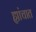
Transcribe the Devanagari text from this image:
ह्यांचात